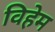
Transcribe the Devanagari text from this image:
विहेम